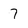
Character: 7